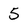
Character: 5